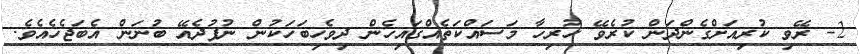
2- ރޭވި ކުރިއަށްގެންދަން ކުރެވޭ ހުރިހާ މަސައްކަތެއްގައިހެން ދިވެހިބަހަކުން ނުފުދެއޭ ބުނަން އެބަޖެހެއެވެ.